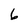
Character: 6